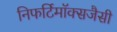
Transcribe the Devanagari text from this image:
निफर्टिमॉक्सजैसी